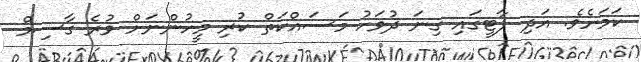
ކަމަށެވެ. އަދި ޕާޓީގައި ގިނަ ދުވަހު މަސައްކަތް ކުރި މީހުންނަށް ވުރެ ގާސިމް